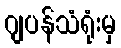
ဂျပန်သံရုံးမှ